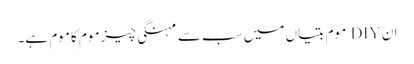
ان DIY موم بتیاں میں سب سے مہنگی چیز موم کا موم ہے۔